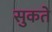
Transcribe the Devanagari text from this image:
सुकते